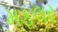
મફલર